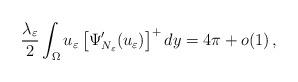
LaTeX: \begin{align*} \frac{\lambda_\varepsilon}{2} \int_\Omega u_\varepsilon \left[\Psi_{N_\varepsilon}'(u_\varepsilon)\right]^+ dy=4\pi +o(1)\,,\end{align*}